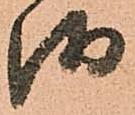
御